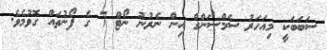
ސަބަބަކީ މިއަހަރު ސެމްސަންގް އިން ނެރުނު ނޯޓް 7 ގެ ފޯނުތައް ގޮވުމެވެ.